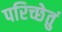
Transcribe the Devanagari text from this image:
परिच्छेतुं